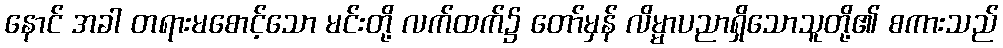
နောင် အခါ တရားမစောင့်သော မင်းတို့ လက်ထက်၌ တော်မှန် လိမ္မာပညာရှိသောသူတို့၏ စကားသည်